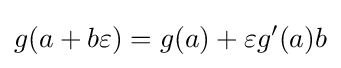
g(a+b\varepsilon )=g(a)+\varepsilon g'(a)b